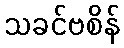
သခင်ဗစိန်